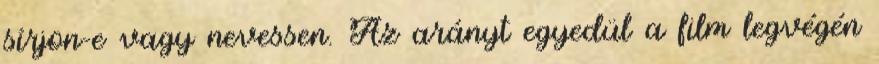
sírjon-e vagy nevessen. Az arányt egyedül a film legvégén